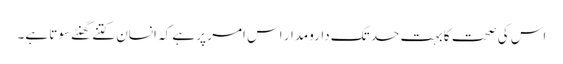
اس کی صحت کا بہت حد تک دارومدار اس امر پر ہے کہ انسان کتنے گھنٹے سوتا ہے۔